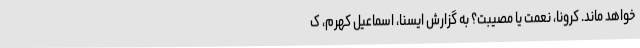
خواهد ماند. کرونا، نعمت یا مصیبت؟ به گزارش ایسنا، اسماعیل کهرم، ک